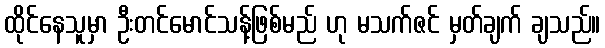
ထိုင်နေသူမှာ ဦးတင်မောင်သန့်ဖြစ်မည် ဟု မသက်ဇင် မှတ်ချက် ချသည်။